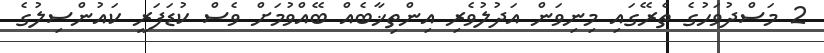
2 މަސްދުވަހުގެ ތެރޭގައި މިނިވަން އަދުލުވެރި އިންތިޚާބެއް ބޭއްވުމަށް ވެސް ކުޑަފަރީ ކައުންސިލުގެ